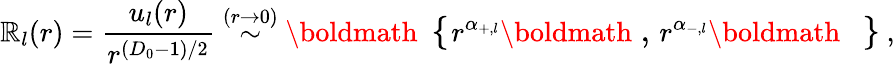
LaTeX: \mathbb{R}_{l}(r)=\frac{{u_{l}(r)}}{{r^{(D_{0}-1)/2}}}\stackrel{(r\rightarrow0)}{\sim}\mathrm{{\boldmath\large~\left\{ ~\right.~}}\! \! \! r^{\alpha_{+,l}}\mathrm{{\boldmath\large~,~}}\! r^{\alpha_{-,l}}\mathrm{{\boldmath\large~\left.~\right\} ~}}\! \! \; ,